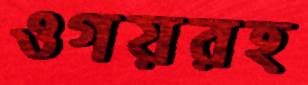
ওগয়রহ